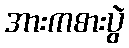
အားကစားပွဲ